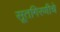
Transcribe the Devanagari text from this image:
सूतगिरणीचे